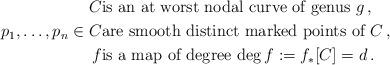
LaTeX: \begin{align*}C &\textup{is an at worst nodal curve of genus $g$} \,,\\p_1,\dots,p_n \in C &\textup{are smooth distinct marked points of $C$} \,, \\f & \textup{is a map of degree $\deg f:= f_*[C] = d$\,.} \end{align*}